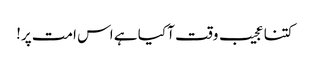
کتنا عجیب وقت آ کیا ہے اس امت پر!